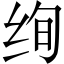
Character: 绚